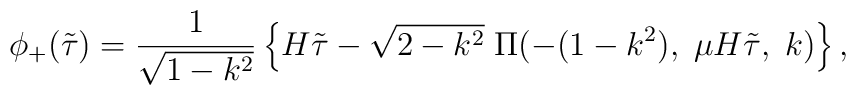
\phi_+(\tilde{\tau})=\frac{1}{\sqrt{1-k^2}}\left\{ H\tilde{\tau}-\sqrt{2-k^2}\;\Pi(-(1-k^2),\;\mu H\tilde{\tau},\;k)\right\},